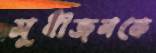
সুধীজনকে